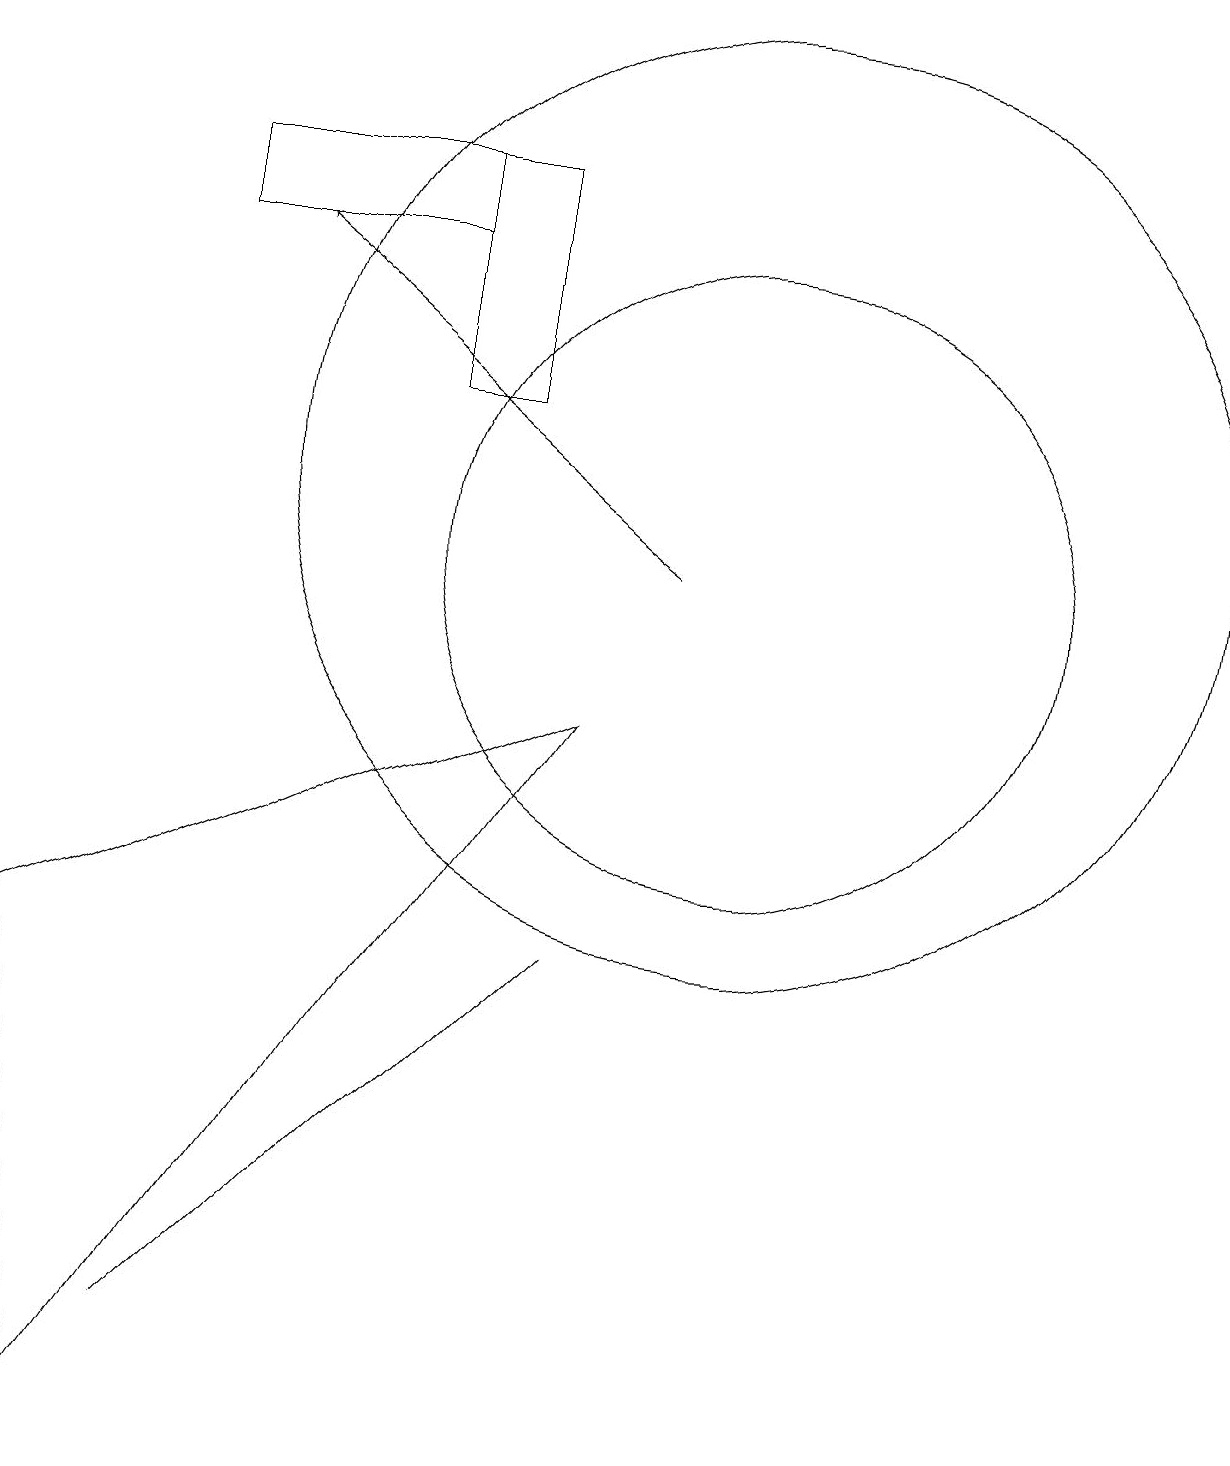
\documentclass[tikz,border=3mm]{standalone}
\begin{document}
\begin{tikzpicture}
\draw (8,9) -- (2,0) -- (1,6) -- cycle;
\draw (10,12) circle (6);
\draw (6,13) rectangle (7,16);
\draw (10,11) circle (4);
\draw (6,15) rectangle (3,16);
\draw[->] (9,11) -- (4,15);
\draw (8,6) -- (8,6) -- (3,1) -- cycle;
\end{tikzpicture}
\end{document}